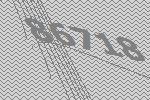
86718